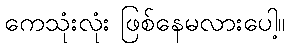
ကေသုံးလုံး ဖြစ်နေမလားပေါ့။